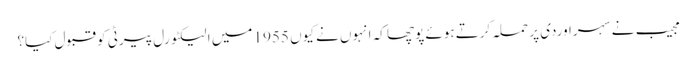
مجیب نے سہراوردی پر حملہ کرتے ہوئے پوچھا کہ انہوں نے کیوں 1955 میں الیکٹورل پیرٹی کو قبول کیا؟